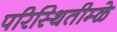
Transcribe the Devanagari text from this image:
परिस्थितीम्ळे